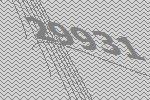
29931